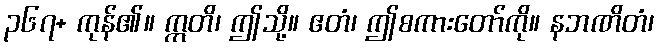
၃၆၇+ ကုန်၏။ ဣတိ၊ ဤသို့။ ဧတံ၊ ဤစကားတော်ကို။ နဘဏိတံ၊